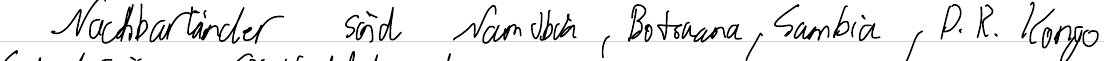
Nachbarländer sind Namibia, Botswana, Sambia, D. R. Kongo